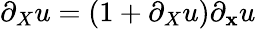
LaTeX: \partial_{X}u=(1+\partial_{X}u)\partial_{\mathbf{x}}u